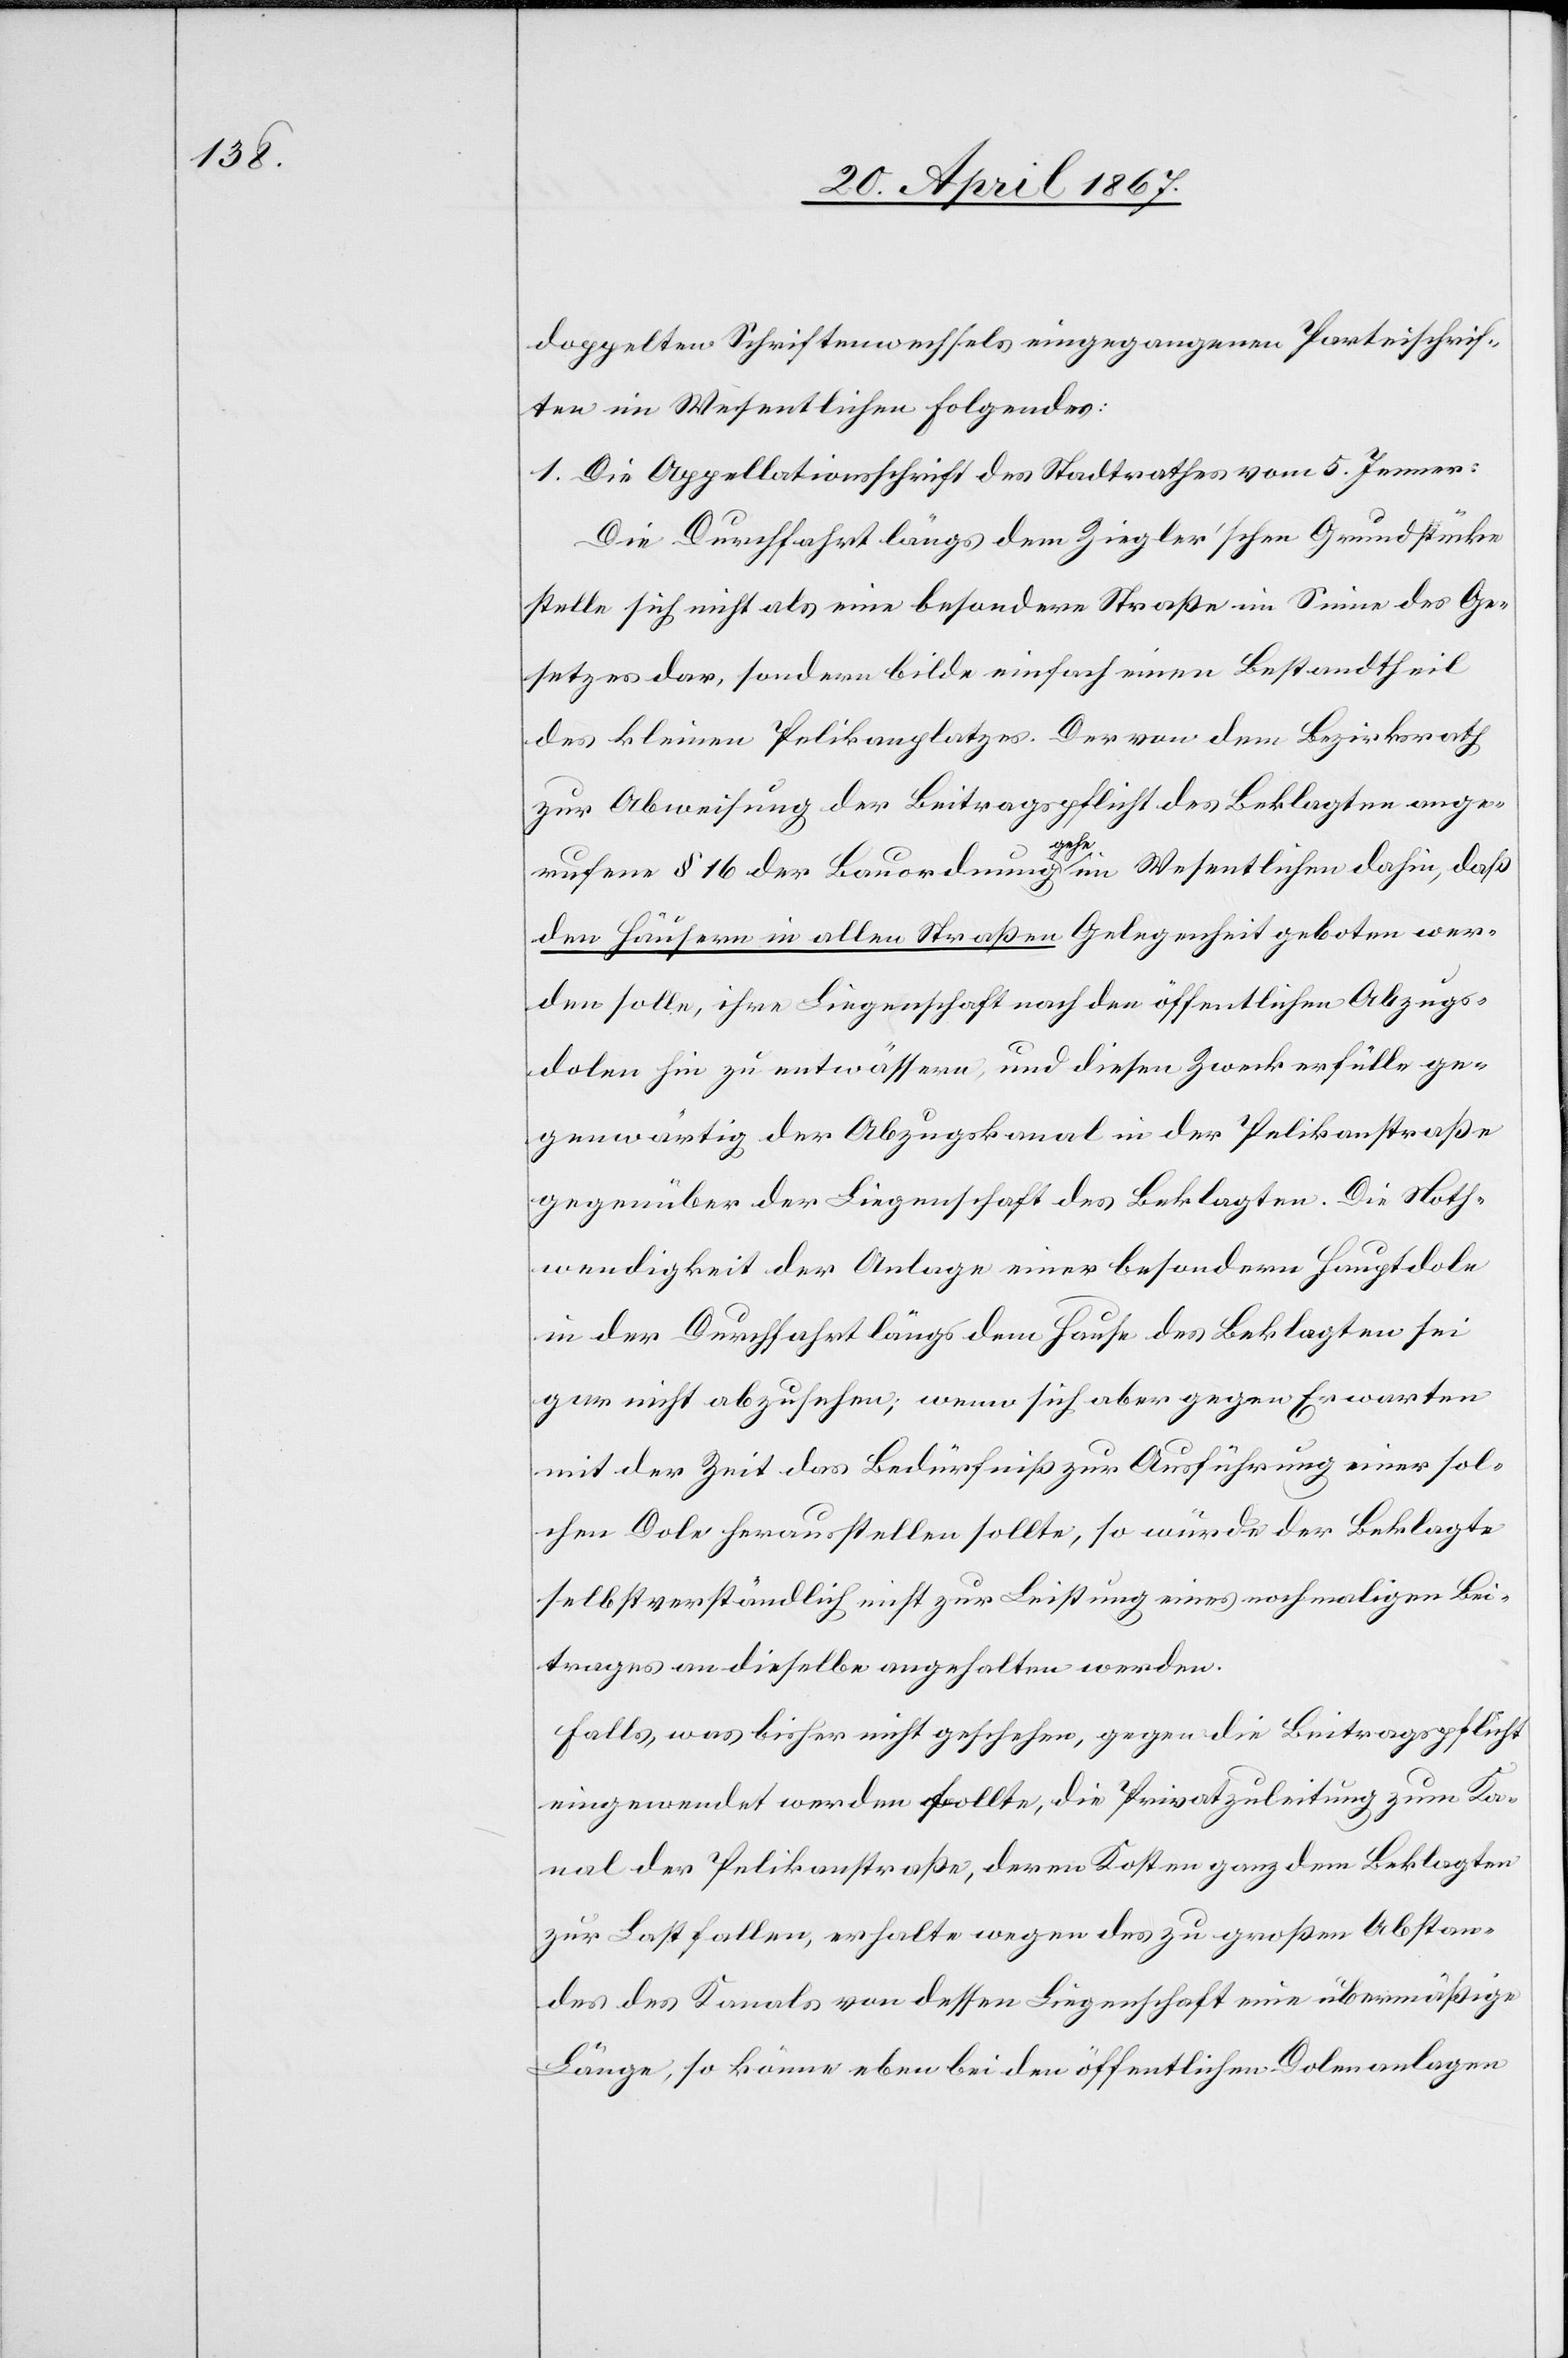
doppelten Schriftenwechsels eingegangenen Parteischrif¬
ten im Wesentlichen folgendes:
1. Die Appellationsschrift des Stadtrathes vom 5. Jenner:
Die Durchfahrt längs dem Ziegler’schen Grundstücke
stelle sich nicht als eine besondere Straße im Sinne des Ge¬
setzes dar, sondern bilde einfach einen Bestandtheil
des kleinen Pelikanplatzes. Der von dem Bezirksrath
zur Abweisung der Beitragspflicht des Beklagten ange¬
rufene § 16 der Bauordnung gehe im Wesentlichen dahin, daß
den Häusern in allen Straßen Gelegenheit geboten wer¬
den solle, ihre Liegenschaft nach den öffentlichen Abzugs¬
dolen hin zu entwässern, und diesen Zweck erfülle ge¬
genwärtig der Abzugskanal in der Pelikanstraße
gegenüber der Liegenschaft des Beklagten. Die Noth¬
wendigkeit der Anlage einer besondern Hauptdole
in der Durchfahrt längs dem Hause des Beklagten sei
gar nicht abzusehen; wenn sich aber gegen Erwarten
mit der Zeit das Bedürfniß zur Ausführung einer sol¬
chen Dole herausstellen sollte, so würde der Beklagte
selbstverständlich nicht zur Leistung eines nochmaligen Bei¬
trages an dieselbe angehalten werden.
Falls, was bisher nicht geschehen, gegen die Beitragspflicht
eingewendet werden sollte, die Privatzuleitung zum Ka¬
nal der Pelikanstraße, deren Kosten ganz dem Beklagten
zur Last fallen, erhalte wegen des zu großen Abstan¬
des des Kanals von dessen Liegenschaft eine übermäßige
Länge, so könne eben bei den öffentlichen Dolenanlagen